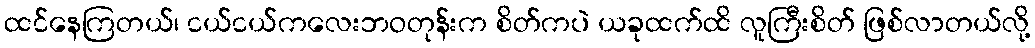
ထင်နေကြတယ်၊ ငယ်ငယ်ကလေးဘဝတုန်းက စိတ်ကပဲ ယခုထက်ထိ လူကြီးစိတ် ဖြစ်လာတယ်လို့